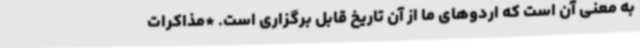
به معنی آن است که اردوهای ما از آن تاریخ قابل برگزاری است. *مذاکرات